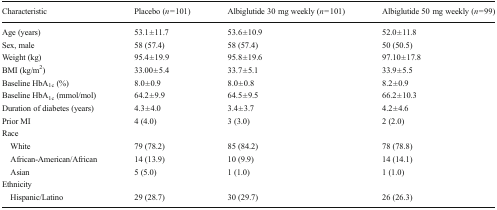
| Characteristic | Placebo (n = 101) | Albiglutide 30 mg weekly (n = 101) | Albiglutide 50 mg weekly (n = 99) |
 | --- | --- | --- | --- |
 | Age (years) | 53.1 ± 11.7 | 53.6 ± 10.9 | 52.0 ± 11.8 |
 | Sex, male | 58 (57.4) | 58 (57.4) | 50 (50.5) |
 | Weight (kg) | 95.4 ± 19.9 | 95.8 ± 19.6 | 97.10 ± 17.8 |
 | BMI (kg/m2) | 33.00 ± 5.4 | 33.7 ± 5.1 | 33.9 ± 5.5 |
 | Baseline HbA1c (%) | 8.0 ± 0.9 | 8.0 ± 0.8 | 8.2 ± 0.9 |
 | Baseline HbA1c (mmol/mol) | 64.2 ± 9.9 | 64.5 ± 9.5 | 66.2 ± 10.3 |
 | Duration of diabetes (years) | 4.3 ± 4.0 | 3.4 ± 3.7 | 4.2 ± 4.6 |
 | Prior MI | 4 (4.0) | 3 (3.0) | 2 (2.0) |
 | <COLSPAN=4> Race |
 | White | 79 (78.2) | 85 (84.2) | 78 (78.8) |
 | African-American/African | 14 (13.9) | 10 (9.9) | 14 (14.1) |
 | Asian | 5 (5.0) | 1 (1.0) | 1 (1.0) |
 | <COLSPAN=4> Ethnicity |
 | Hispanic/Latino | 29 (28.7) | 30 (29.7) | 26 (26.3) |